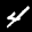
Digit: 4